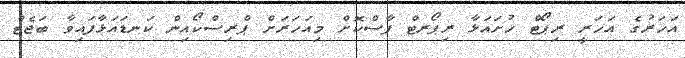
އަހަރުގެ އަހަރީ ރިޕޯޓް ހުށައަޅާ ރިޕޯރޓް ފާސްކޮށް މިއަހަރަށް ޕްރިސްކޯއިން ކަނޑައަޅާފައިވާ ބަޖެޓް